Annual administration report of the Civil Veterinary Department of India - 1898-1899
Year: 1898
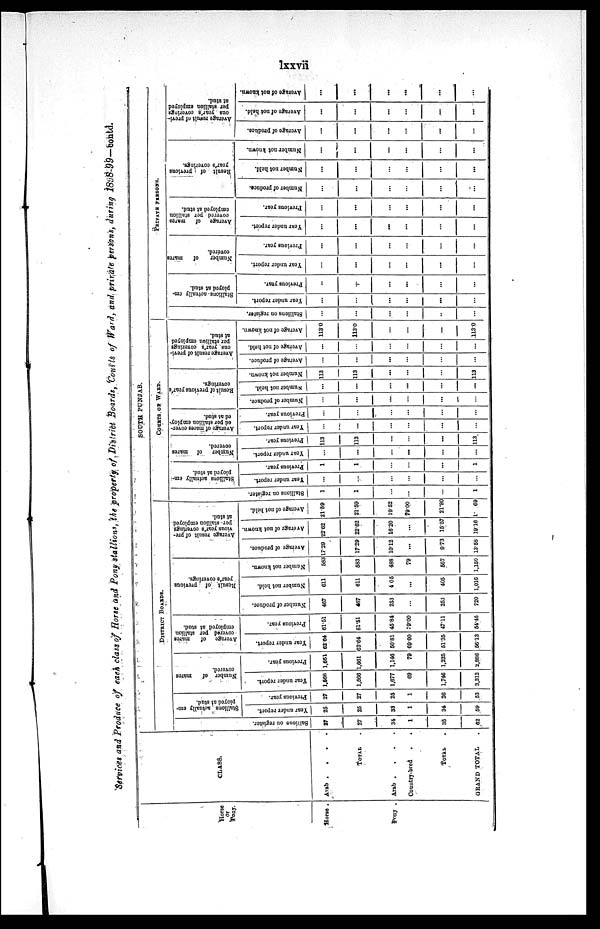
lxxvii
Services and Produce of each class of Horse and Pony stallions, the property of District Boards, Courts of Ward, and private persons, during 1898-99-contd..
Horse
or
Pony.
Horse .
Pony .
CLASS.
Arab .
.
.
.
TOTAL .
Arab . . . .
Country-bred . .
TOTAL .
GRAND TOTAL .
SOUTH PUNJAB.
DISTRICT BOARDS.
Salmons on register.
27
27
34
1
35
62
Stallions actually em-
ployed at stud.
Year under report.
25
25
33
1
34
59
Previous year.
27
27
25
1
26
53
Number of
mares
covered.
Year under report.
1,566
1,566
1,677
69
1,746
3,312
Previous year.
1,661
1,661
1,146
79
1,225
2,886
Average of
mares
covered per stallion
employed at stud.
Year under report.
62.64
62.64
50.81
69.00
51.35
56.13
Previous year.
61.51
61.51
45.84
79.00
47.11
54.45
Result of previous
year's coverings.
Number of produce.
467
467
253
...
253
720
Number not held.
611
611
405
...
405
1,016
Number not known.
583
583
488
79
567
1,150
Average result of pre-
vious year's coverings
per-stallion employed
at stud.
Average of produce.
1729
1729
10.12
...
9.73
13.58
Average of not known.
22.62
22.62
16.20
...
15.57
19.10
Average of not held.
21.59
21.59
19.52
79.00
21.80
1
69
COURTS OF WARD.
Stallions on register.
1
1
...
...
...
1
Stallions actually em-
ployed at 6tud.
Year under report.
...
...
...
...
...
...
Previous year.
1
1
...
...
...
1
Number
of mares
covered.
Year under report.
...
...
...
...
...
...
Previous year.
113
113
...
...
...
113
Average
of mares cover-
ed per stallion employ-
ed at stud.
Year under report.
...
...
...
...
...
...
Previous year.
...
...
...
...
...
...
Result of previous year's
coverings.
Number of produce.
...
...
...
...
...
...
Number not held.
...
...
...
...
...
...
Number not known.
113
113
...
...
...
113
Average
result of previ-
ous year's coverings
per
stallion employed
at stud.
Average
of produce.
...
...
...
...
...
...
Average of not hold.
...
...
...
...
...
...
Average of not known.
113.0
113.0
...
...
...
113.0
PRIVATE PERSONS.
Stallions on register.
...
...
...
...
...
Stallions-actually em-
ployed at stud.
Year under report.
...
...
...
...
...
Previous year.
...
...
...
...
...
...
Number of mares
covered.
Year under report.
...
...
...
...
...
...
Previous year.
...
...
...
...
...
...
Average
of mares
covered per stallion
employed at stud.
Year under report.
...
...
...
...
...
...
Previous year.
...
...
...
...
...
...
R esult of previous
year's coverings.
Number of produce.
...
...
...
...
...
...
Number
not held.
...
...
...
...
...
...
Number not known.
...
...
...
...
...
...
Average result of previ-
ous year's coverings
per stallion employed
at stud.
Average of produce.
...
...
...
...
...
...
Average of not held.
...
...
...
...
...
...
Average
of not known.
...
...
...
...
...
...